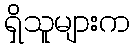
ရှိသူများက